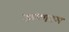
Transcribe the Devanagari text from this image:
ऊष्णतम